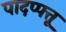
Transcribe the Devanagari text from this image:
पादप्पत्तू